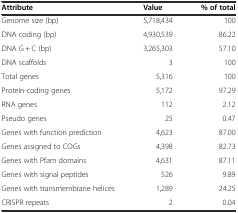
<table><thead><tr><td><b>Attribute</b></td><td><b>Value</b></td><td><b>% of total</b></td></tr></thead><tbody><tr><td>Genome size (bp)</td><td>5,718,434</td><td>100</td></tr><tr><td>DNA coding (bp)</td><td>4,930,539</td><td>86.22</td></tr><tr><td>DNA G + C (bp)</td><td>3,265,303</td><td>57.10</td></tr><tr><td>DNA scaffolds</td><td>3</td><td>100</td></tr><tr><td>Total genes</td><td>5,316</td><td>100</td></tr><tr><td>Protein-coding genes</td><td>5,172</td><td>97.29</td></tr><tr><td>RNA genes</td><td>112</td><td>2.12</td></tr><tr><td>Pseudo genes</td><td>25</td><td>0.47</td></tr><tr><td>Genes with function prediction</td><td>4,623</td><td>87.00</td></tr><tr><td>Genes assigned to COGs</td><td>4,398</td><td>82.73</td></tr><tr><td>Genes with Pfam domains</td><td>4,631</td><td>87.11</td></tr><tr><td>Genes with signal peptides</td><td>526</td><td>9.89</td></tr><tr><td>Genes with transmembrane helices</td><td>1,289</td><td>24.25</td></tr><tr><td>CRISPR repeats</td><td>2</td><td>0.04</td></tr></tbody></table>